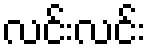
လင်းလင်း